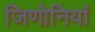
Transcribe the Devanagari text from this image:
जिणोनियां